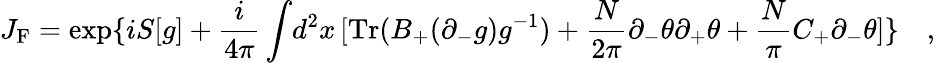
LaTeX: J_{\mathrm{F}}=\exp\{ iS[g]+\frac{i}{4\pi}\int\! d^{2}x\, [\mathrm{Tr}(B_{+}(\partial_{-}g)g^{-1})+\frac{N}{2\pi}\partial_{-}\theta\partial_{+}\theta+\frac{N}{\pi}C_{+}\partial_{-}\theta]\} \quad,